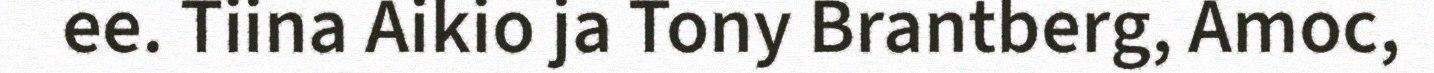
ee. Tiina Aikio ja Tony Brantberg, Amoc,